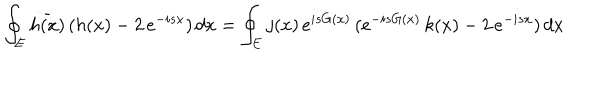
LaTeX: \oint _ { E } \bar { h ( x ) } \, ( h ( x ) - 2 \, e ^ { - i s x } ) \, d x = \oint _ { E } j ( x ) \, e ^ { i s G ( x ) } \, ( e ^ { - i s G ( x ) } \, k ( x ) - 2 \, e ^ { - i s x } ) \, d x